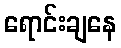
ရောင်းချနေ